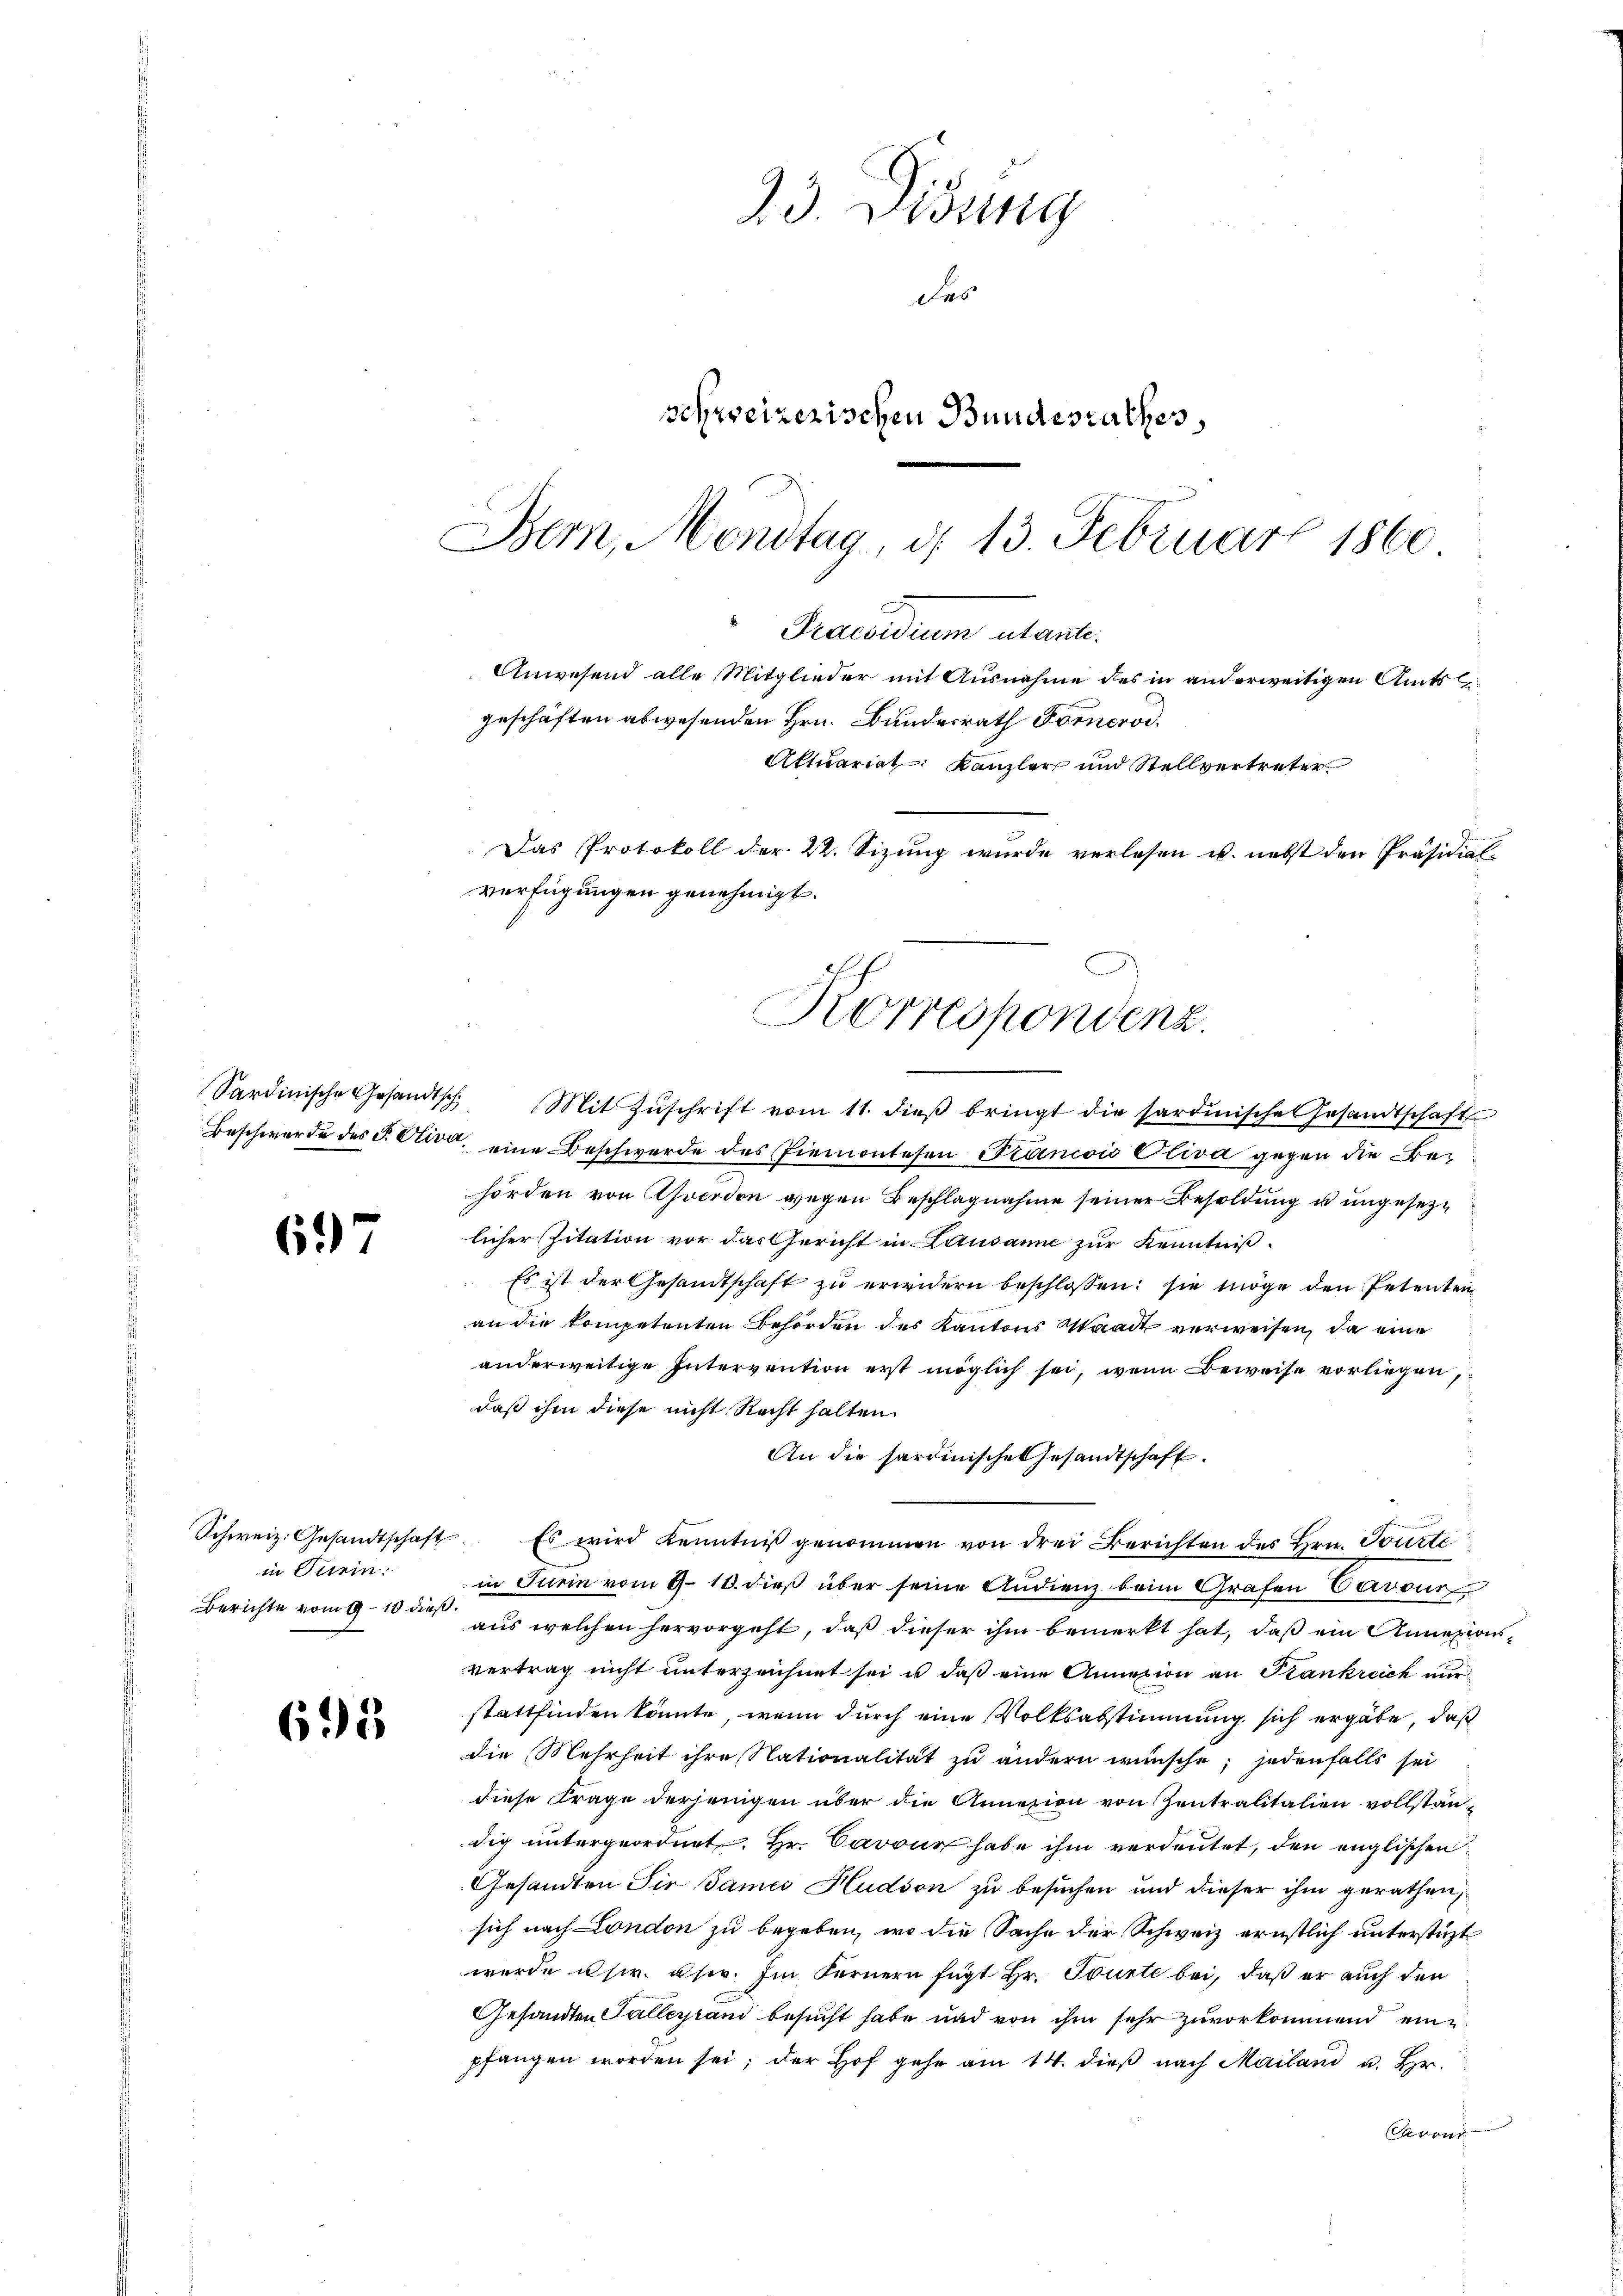
697

Schweiz. Gesandtschaft
in Terrin
Berichte vom 9 – 10 dieß.

695

23. Wisseng
das
schweizerischen Bundesrathes,
Bem, Mondtag, d. 13. Februar 1860

Praesidium utante.
Anwesend alle Mitglieder mit Ausnahme des in anderweitigen Amtsgeschäften abwesenden Hrn. Bundesrath Fornerod.
Das Protokoll der K. Sizung wurde verlesen u. nebst den Präsidial-
verfügungen genehmigt.
Korrespondenz.

Sardinische Gesandtsch. Mit Zŭschrift vom 11. dieβ bringt die sardinische Gesandtschaft
Beschwerde des J. Oliva, eine Beschwerde des Piemontesen Francois Oliva gegen die Behörden von verdon wegen Beschlagnahme seiner Besoldung u ungesezlicher Zitation vor das Gericht in Lausanne zur Kenntniß.
Es ist der Gesandtschaft zu erwidern beschlossen: sie möge den Petenten,
an die kompetenten Behörden des Kantons Waadt verweisen, da eine
anderweitige Intervention erst möglich sei, wenn Beweise vorliegen,
daß ihm diese nicht Recht halten.
An die hardinische Gesandtschaft.
Es wird kenntniß genommen von drei Berichten des Hrn. Tourte
in Turin vom 9. 18. dieß über seine Andienz beim Grafen Cavour
aus welchen hervorgeht, daß dieser ihm bemerkt hat, daß ein Anneziusvertrag nicht unterzeichnet sei u daß eine Annexion an Krankreich nur
stattfinden könnte, wenn durch eine Volksabstimmung sich ergäbe, daß
die Mehrheit ihre Nationalität zu ändern wünsche; jedenfalls sei
diese Frage derjenigen über die Annexion von Zentralitalien vollstän-
dig untergeordnet. Hr. Cavour habe ihm verdeutet, den englischen
Gesandten Sir James Hudson zu besuchen und dieser ihm gerathen,
sich nach London zu begeben, wo die Sache der Schweiz ernstlich unterstüzt
wurde usw. user. Im Fernern fügt Hr. Tourte bei, daß er auch den
Gesandten Falleyrand besucht habe und von ihm sehr zuvorkommend eine
pfangen worden sei; der Hof gehe am 14. dieß nach Mailand u. Hr.
Proar

Aktuariat Kanzler und Stellvertreter